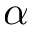
\alpha